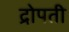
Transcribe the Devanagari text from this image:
द्रोपती